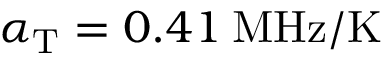
\alpha _ { \mathrm { T } } = 0 . 4 1 \: \mathrm { M H z / K }